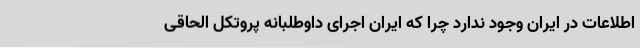
اطلاعات در ایران وجود ندارد چرا که ایران اجرای داوطلبانه پروتکل الحاقی